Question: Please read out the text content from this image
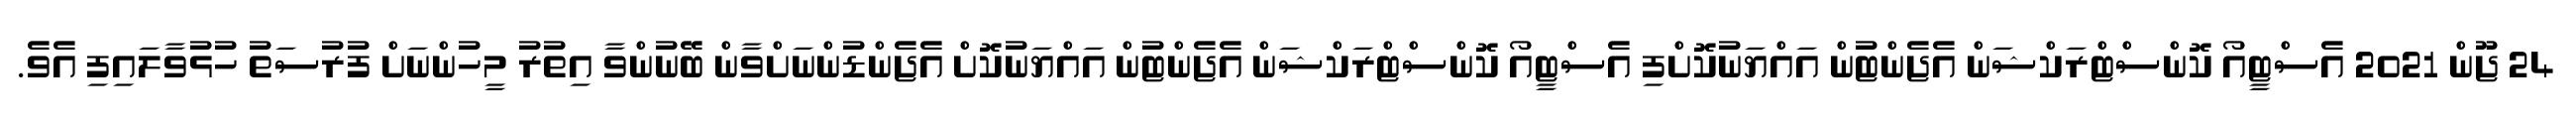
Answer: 24 ޖޫން 2021 އެސްޓީއޯ ކޮންސްޓްރަކްޝަން އެޖެންޓުން އައްޔަނުކޮށްފި އެސްޓީއޯ ކޮންސްޓްރަކްޝަން އެޖެންޓުން އައްޔަނުކޮށް އެޖެންޑުންނަށްވާން ބޭނުންވާ އިތުރު މީހުންނަށް ފުރުސަތު ހުޅުވާލައިފި އެވެ.